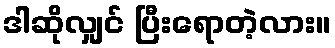
ဒါဆိုလျှင် ပြီးရောတဲ့လား။